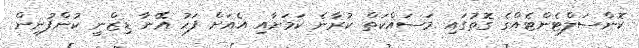
ކޮންސަލްޓެންޓެއްގެ ގޮތުގައި މަސައްކަތް ކުރާނެ ކަމަށާއި އެއަށް ފަހު އޭނާ ޑިޒްނީ ކުންފުނިން